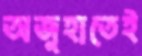
অজুহাতেই